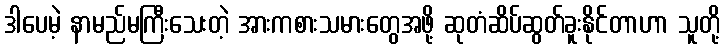
ဒါပေမဲ့ နာမည်မကြီးသေးတဲ့ အားကစားသမားတွေအဖို့ ဆုတံဆိပ်ဆွတ်ခူးနိုင်တာဟာ သူတို့